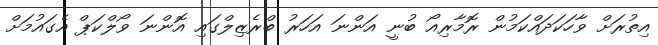
އިތުރަށް ވާހަކަދައްކަމުން ރޮމާރިއޯ ބުނީ އަންނަ އަހަރު ބްރެޒިލްގައި އޮންނަ ވޯލްކަޕް އެގައުމަށް